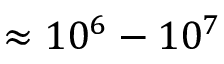
\approx 1 0 ^ { 6 } - 1 0 ^ { 7 }